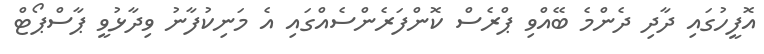
އޮފީހުގައި ދާދި ދެންމެ ބޭއްވި ޕްރެސް ކޮންފަރެންސެއްގައި އެ މަނިކުފާނު ވިދާޅުވީ ޕާސްޕޯޓް